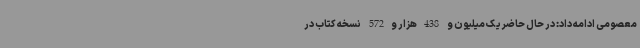
معصومی ادامه داد: در حال حاضر یک میلیون و 438هزار و572 نسخه کتاب در